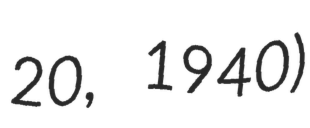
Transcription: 20, 1940)